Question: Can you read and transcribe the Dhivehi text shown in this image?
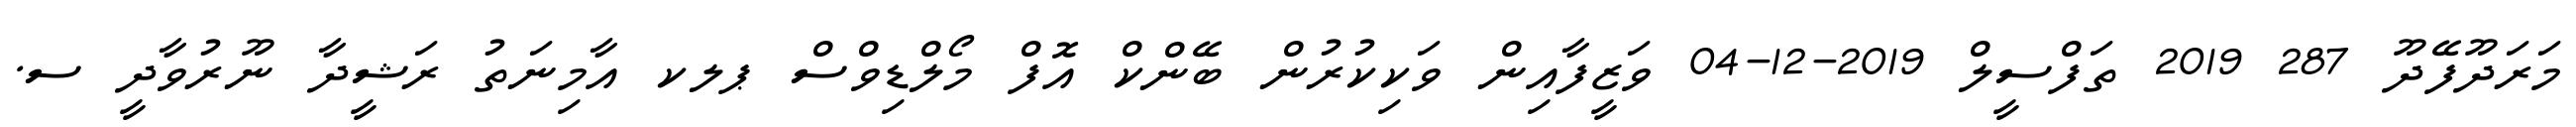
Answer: މަރަދޫފޭދޫ 287 2019 ތަފްސީލް 2019-12-04 ވަޒީފާއިން ވަކިކުރުން ބޭންކް އޮފް މޯލްޑިވްސް ޕލކ އާމިނަތު ރަޝީދާ ނޫރުވާދީ ސ.